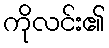
ကိုလင်း၏